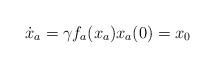
LaTeX: \begin{align*}\dot{x}_a = \gamma f_a(x_a)x_a(0) = x_0\end{align*}